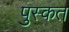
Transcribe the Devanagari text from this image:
पुस्कत